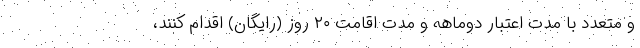
و متعدد با مدت اعتبار دوماهه و مدت اقامت ۲۰ روز (رایگان) اقدام کنند،